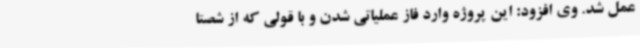
عمل شد. وی افزود: این پروژه وارد فاز عملیاتی شدن و با قولی که از شصتا